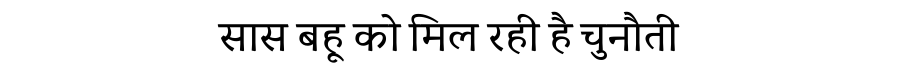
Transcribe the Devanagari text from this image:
सास बहू को मिल रही है चुनौती